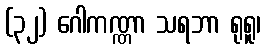
(၃၂) ဂေါကဏ္ဏာ သရဘာ ရုရူ၊